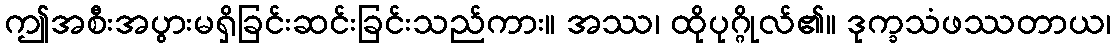
ဤအစီးအပွားမရှိခြင်းဆင်းခြင်းသည်ကား။ အဿ၊ ထိုပုဂ္ဂိုလ်၏။ ဒုက္ခသံဖဿတာယ၊